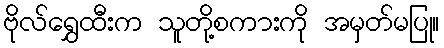
ဗိုလ်ရွှေထီးက သူတို့စကားကို အမှတ်မပြု။